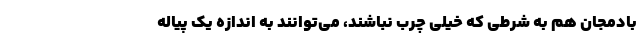
بادمجان هم به شرطی که خیلی چرب نباشند، می‌توانند به اندازه یک پیاله